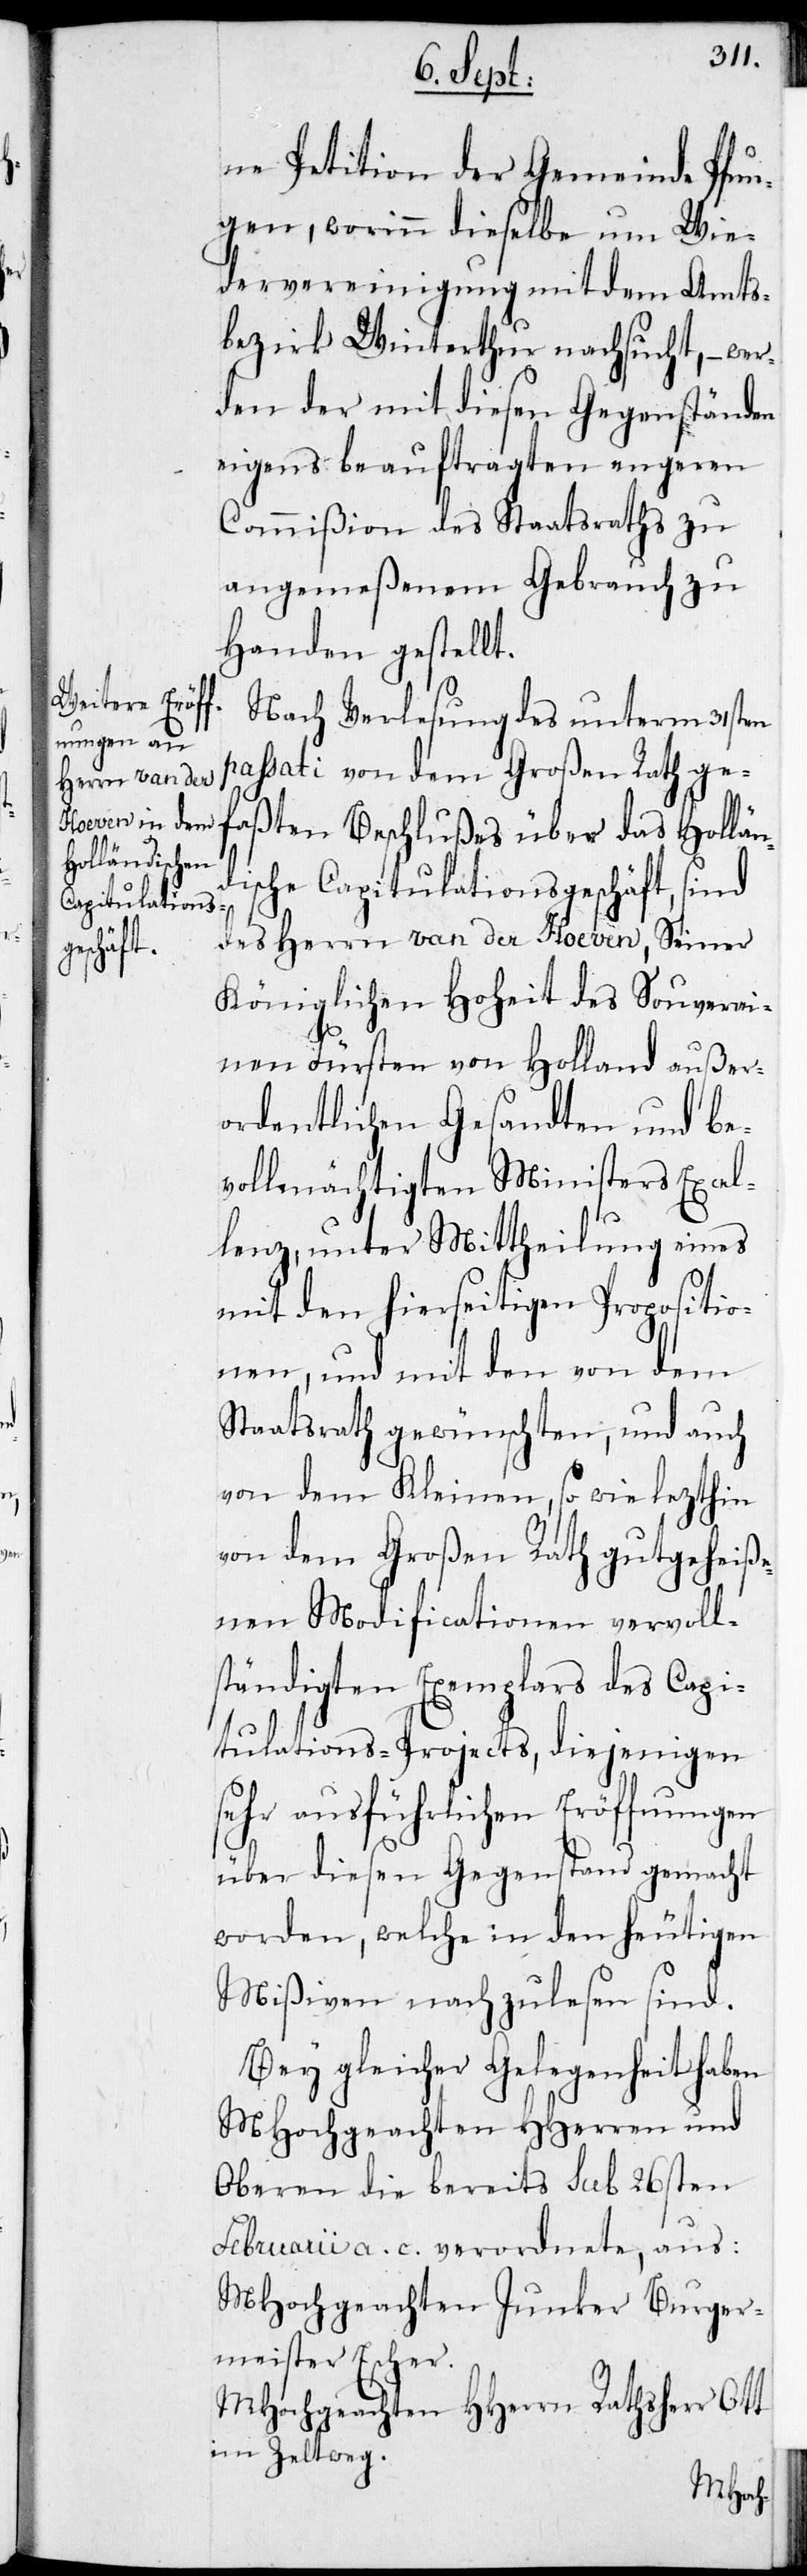
ne Petition der Gemeinde Pfun¬
gen, worinn dieselbe um Wie¬
dervereinigung mit dem Amts¬
bezirk Winterthur nachsucht, – wer¬
den der mit diesen Gegenständen
eigens beauftragten engeren
Commißion des Staatsraths zu
angemeßenem Gebrauch zu
Handen gestellt.
Nach Verlesung des unterm 31sten
passati von dem Großen Rath ge¬
faßten Beschlußes über das Hollän¬
dische Capitulationsgeschäft, sind
des Herrn van der Hoeven, Seiner
Königlichen Hoheit des Souverai¬
nen Fürsten von Holland außer¬
ordentlichen Gesandten und be¬
vollmächtigten Ministers Excel¬
lenz, unter Mittheilung eines
mit den hierseitigen Propositio¬
nen, und mit den von dem
Staatsrath gewünschten, und auch
von dem Kleinen, sowie lezthin
von dem Großen Rath gutgeheiße¬
nen Modificationen vervoll¬
ständigten Exemplars des Capi¬
tulations-Projects, diejenigen
sehr ausführlichen Eröffnungen
über diesen Gegenstand gemacht
worden, welche in den heutigen
Mißiven nachzulesen sind.
Bey gleicher Gelegenheit haben
MHochgeachten HHerren und
Oberen die bereits sub 26sten
Februarii a. c. verordnete, aus:
MHochgeachten Junker Burger¬
meister Escher.
MHochgeachten HHerrn Rathsherr Ott
im Zeltweg.